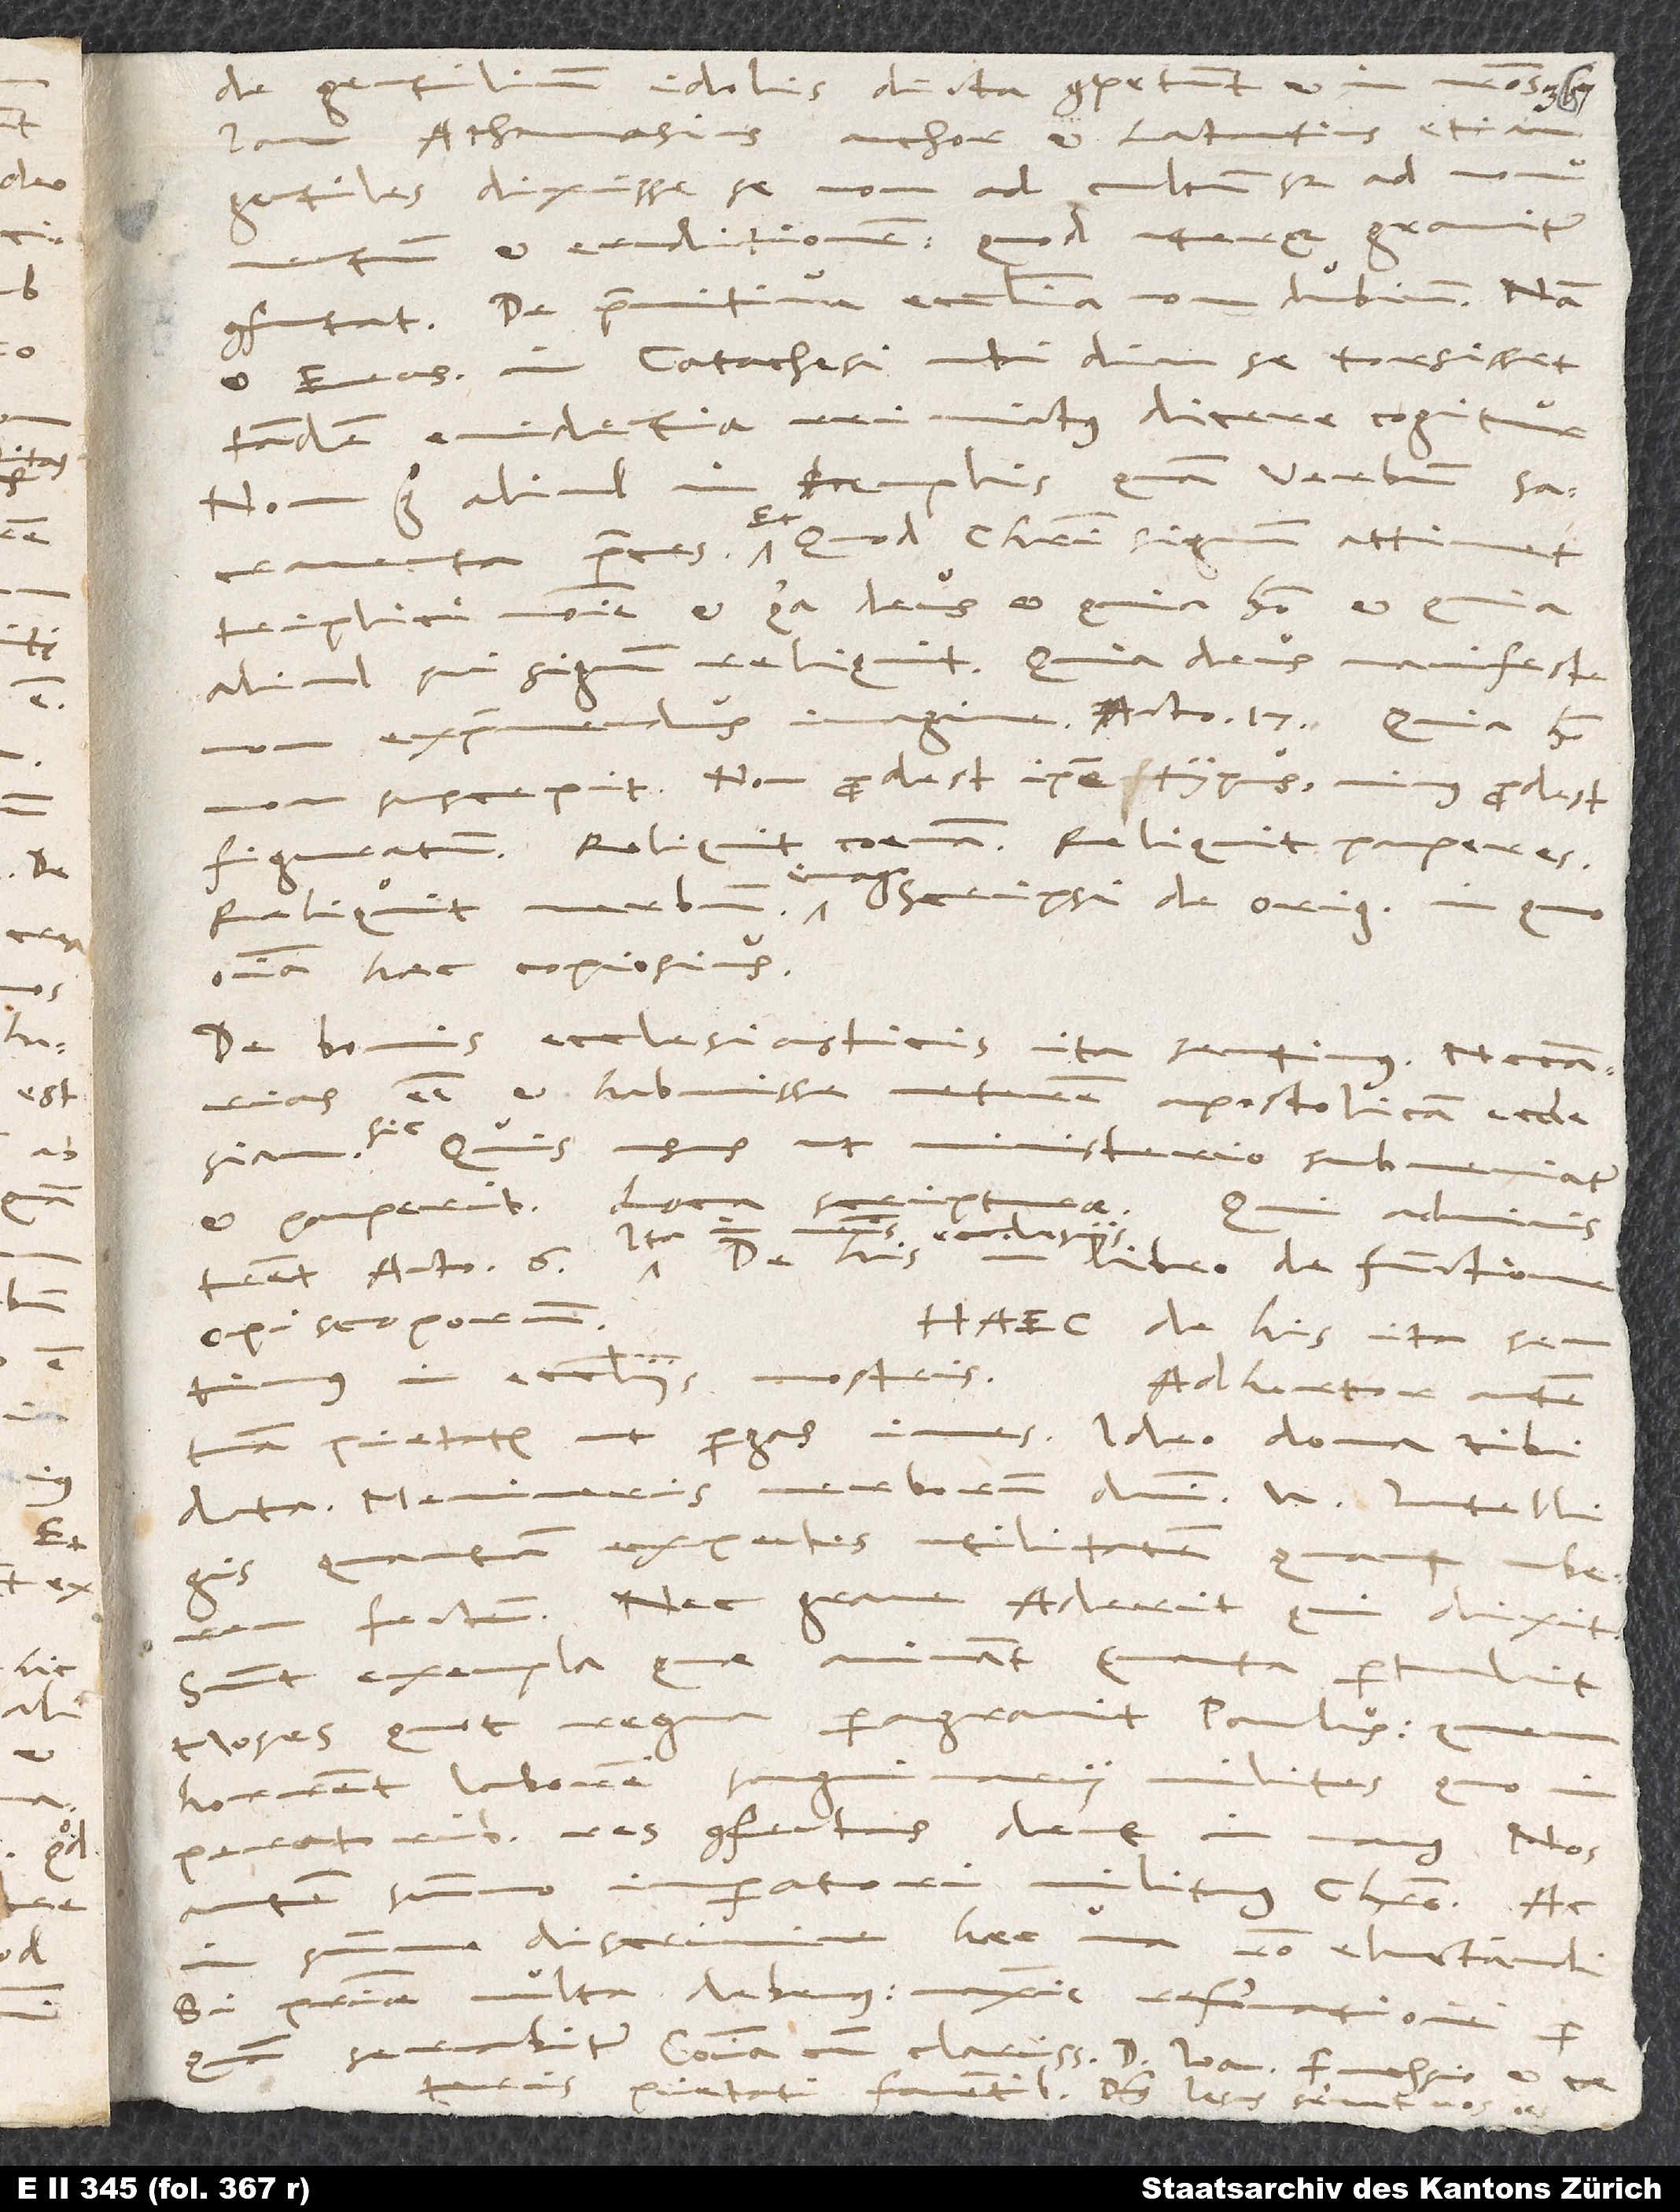
de gentilium idolis dicta, competunt
Athanasius author et Lactantius etiam
gentiles dixisse se non ad cultum, sed ad monumentum
et eruditionem, quod uterque graviter
confutat. De primitiva ecclesia non dubium, nam
et Erasmus in Catechesi, ubi diu se torsisset,
tandem evidentia veri victus dicere cogitur:
„Non ergo aliud in templis quam verbum, sacramenta,
preces.“ Et quod Christi signum attinet,
triplici nomine, et quia deus et quia homo et
deus, manifeste
aliud sui signum reliquit. Quia
non exprimendus imagine, Acto. 17. Quia homo,
suscepit. Non prodest ipse typus, minus prodest
figuratum. Reliquit coenam, reliquit pauperes,
omnia haec copiosius.
De bonis ecclesiasticis ita sentimus: necessarias
esse et habuisse veterem apostolicam ecclesiam
usus, ut ministerio subveniatur
libro De functione
Acto. 6. Ita in
Haec de his ita sentimus
Adhortor autem
iuves. Ideo dona tibi
tuam pietatem, ut pergas,
data. Memineris verborum domini etc.
quantum expectes utilitatem, quam uberem
fructum. Nec grave. Aderit, qui dixit.
Sunt exempla, quae animant;
Moses; quot regna peragravit Paulus;
milites, quo
horrent laborem
imperatoribus res confectas dent in manus. Nos
autem summo imperatori militamus, Christo. Ac
in summo discrimine haec una ratio eluctandi.
Si patriae multa debemus,
maxime reformationem, per
clarissimo d. Ioanne Fuchsio et caeteris
pietati faventibus. Dominus Iesus servet vos omnes!